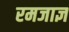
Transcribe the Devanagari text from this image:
रमजाज्ञ